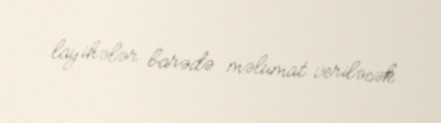
layihələr barədə məlumat veriləcək.